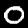
Label: 0